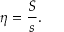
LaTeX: \eta = { \frac { S } { s } } .